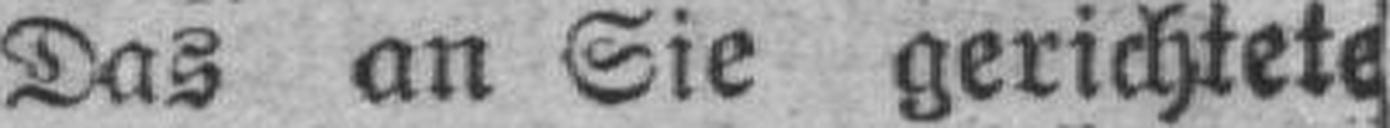
Das an Sie gerichtete